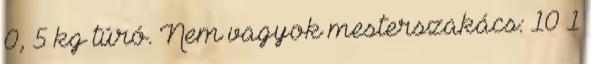
0, 5 kg túró. Nem vagyok mesterszakács: 10 1